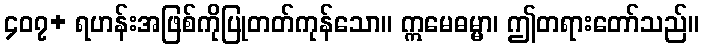
၄၀၇+ ရဟန်းအဖြစ်ကိုပြုတတ်ကုန်သော။ ဣမေဓမ္မာ၊ ဤတရားတော်သည်။